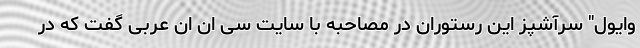
وایول" سرآشپز این رستوران در مصاحبه با سایت سی ان ان عربی گفت که در